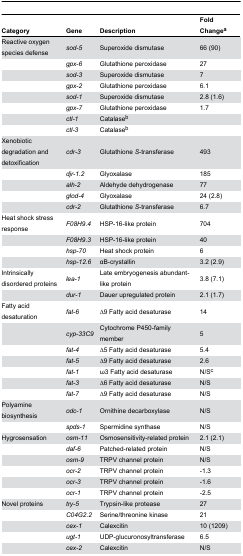
<table><thead><tr><td><b>Category</b></td><td><b>Gene</b></td><td><b>Description</b></td><td><b>Fold Change<sup>a</sup></b></td></tr></thead><tbody><tr><td>Reactive oxygen species defense</td><td><i>sod-5</i></td><td>Superoxide dismutase</td><td>66 (90)</td></tr><tr><td></td><td><i>gpx-6</i></td><td>Glutathione peroxidase</td><td>27</td></tr><tr><td></td><td><i>sod-3</i></td><td>Superoxide dismutase</td><td>7</td></tr><tr><td></td><td><i>gpx-2</i></td><td>Glutathione peroxidase</td><td>6.1</td></tr><tr><td></td><td><i>sod-1</i></td><td>Superoxide dismutase</td><td>2.8 (1.6)</td></tr><tr><td></td><td><i>gpx-7</i></td><td>Glutathione peroxidase</td><td>1.7</td></tr><tr><td></td><td><i>ctl-1</i></td><td>Catalase<sup>b</sup></td><td></td></tr><tr><td></td><td><i>ctl-3</i></td><td>Catalase<sup>b</sup></td><td></td></tr><tr><td>Xenobiotic degradation and detoxification</td><td><i>cdr-3</i></td><td>Glutathione <i>S</i>-transferase</td><td>493</td></tr><tr><td></td><td><i>djr-1.2</i></td><td>Glyoxalase</td><td>185</td></tr><tr><td></td><td><i>alh-2</i></td><td>Aldehyde dehydrogenase</td><td>77</td></tr><tr><td></td><td><i>glod-4</i></td><td>Glyoxalase</td><td>24 (2.8)</td></tr><tr><td></td><td><i>cdr-2</i></td><td>Glutathione <i>S</i>-transferase</td><td>6.7</td></tr><tr><td>Heat shock stress response</td><td><i>F08H9.4</i></td><td>HSP-16-like protein</td><td>704</td></tr><tr><td></td><td><i>F08H9.3</i></td><td>HSP-16-like protein</td><td>40</td></tr><tr><td></td><td><i>hsp-70</i></td><td>Heat shock protein</td><td>6</td></tr><tr><td></td><td><i>hsp-12.6</i></td><td>αB-crystallin</td><td>3.2 (2.9)</td></tr><tr><td>Intrinsically disordered proteins</td><td><i>lea-1</i></td><td>Late embryogenesis abundant-like protein</td><td>3.8 (7.1)</td></tr><tr><td></td><td><i>dur-1</i></td><td>Dauer upregulated protein</td><td>2.1 (1.7)</td></tr><tr><td>Fatty acid desaturation</td><td><i>fat-6</i></td><td>∆9 Fatty acid desaturase</td><td>14</td></tr><tr><td></td><td><i>cyp-33C9</i></td><td>Cytochrome P450-family member</td><td>5</td></tr><tr><td></td><td><i>fat-4</i></td><td>∆5 Fatty acid desaturase</td><td>5.4</td></tr><tr><td></td><td><i>fat-5</i></td><td>∆9 Fatty acid desaturase</td><td>2.6</td></tr><tr><td></td><td><i>fat-1</i></td><td>ω3 Fatty acid desaturase</td><td>N/S<sup>c</sup></td></tr><tr><td></td><td><i>fat-3</i></td><td>∆6 Fatty acid desaturase</td><td>N/S</td></tr><tr><td></td><td><i>fat-7</i></td><td>∆9 Fatty acid desaturase</td><td>N/S</td></tr><tr><td>Polyamine biosynthesis</td><td><i>odc-1</i></td><td>Ornithine decarboxylase</td><td>N/S</td></tr><tr><td></td><td><i>spds-1</i></td><td>Spermidine synthase</td><td>N/S</td></tr><tr><td>Hygrosensation</td><td><i>osm-11</i></td><td>Osmosensitivity-related protein</td><td>2.1 (2.1)</td></tr><tr><td></td><td><i>daf-6</i></td><td>Patched-related protein</td><td>N/S</td></tr><tr><td></td><td><i>osm-9</i></td><td>TRPV channel protein</td><td>N/S</td></tr><tr><td></td><td><i>ocr-2</i></td><td>TRPV channel protein</td><td>-1.3</td></tr><tr><td></td><td><i>ocr-3</i></td><td>TRPV channel protein</td><td>-1.6</td></tr><tr><td></td><td><i>ocr-1</i></td><td>TRPV channel protein</td><td>-2.5</td></tr><tr><td>Novel proteins</td><td><i>try-5</i></td><td>Trypsin-like protease</td><td>27</td></tr><tr><td></td><td><i>C04G2.2</i></td><td>Serine/threonine kinase</td><td>21</td></tr><tr><td></td><td><i>cex-1</i></td><td>Calexcitin</td><td>10 (1209)</td></tr><tr><td></td><td><i>ugt-1</i></td><td>UDP-glucuronosyltransferase</td><td>6.5</td></tr><tr><td></td><td><i>cex-2</i></td><td>Calexcitin</td><td>N/S</td></tr></tbody></table>